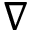
\nabla